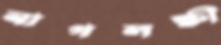
নাগলক্ষী